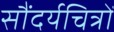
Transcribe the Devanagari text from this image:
सौंदर्यचित्रों